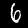
Label: 6